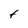
Character: F